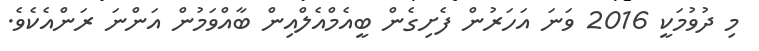
މި ދުވުމަކީ 2016 ވަނަ އަހަރުން ފެށިގެން ބީއެމްއެލްއިން ބާއްވަމުން އަންނަ ރަންއެކެވެ.